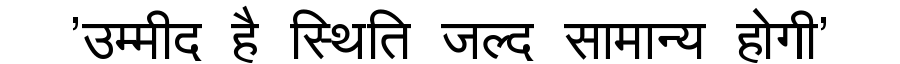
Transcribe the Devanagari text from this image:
'उम्मीद है स्थिति जल्द सामान्य होगी'